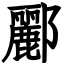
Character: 酈